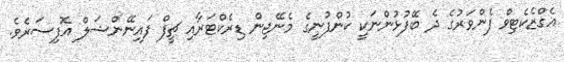
އެގްޒެކެޓިވް ފެންވަރުގެ ދެ ބޭފުޅުންނަކީ ކުންފުނީގެ މެނޭޖިން ޑިރެކްޓަރާއި ޗީފް ފައިނޭންޝަލް އޮފިސަރެވެ.